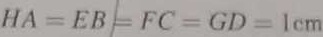
H A = E B = F C = G D = 1 c m